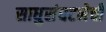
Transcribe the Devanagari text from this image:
साधुसंघटनेची